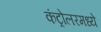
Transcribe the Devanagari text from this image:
कंट्रोलरमध्ये